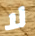
لا